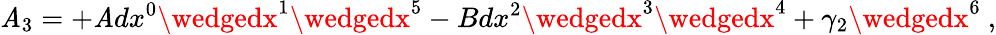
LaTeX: \mathit{A}_{3}=+\mathit{A}dx^{0}\wedgedx^{1}\wedgedx^{5}-Bdx^{2}\wedgedx^{3}\wedgedx^{4}+\gamma_{2}\wedgedx^{6}\ ,